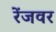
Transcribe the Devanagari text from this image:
रेंजवर